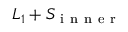
L _ { 1 } + S _ { \mathrm { ~ i ~ n ~ n ~ e ~ r ~ } }